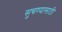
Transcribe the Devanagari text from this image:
सुचण्यासाठी